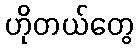
ဟိုတယ်တွေ